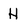
Character: H